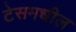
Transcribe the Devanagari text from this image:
टेसमधील